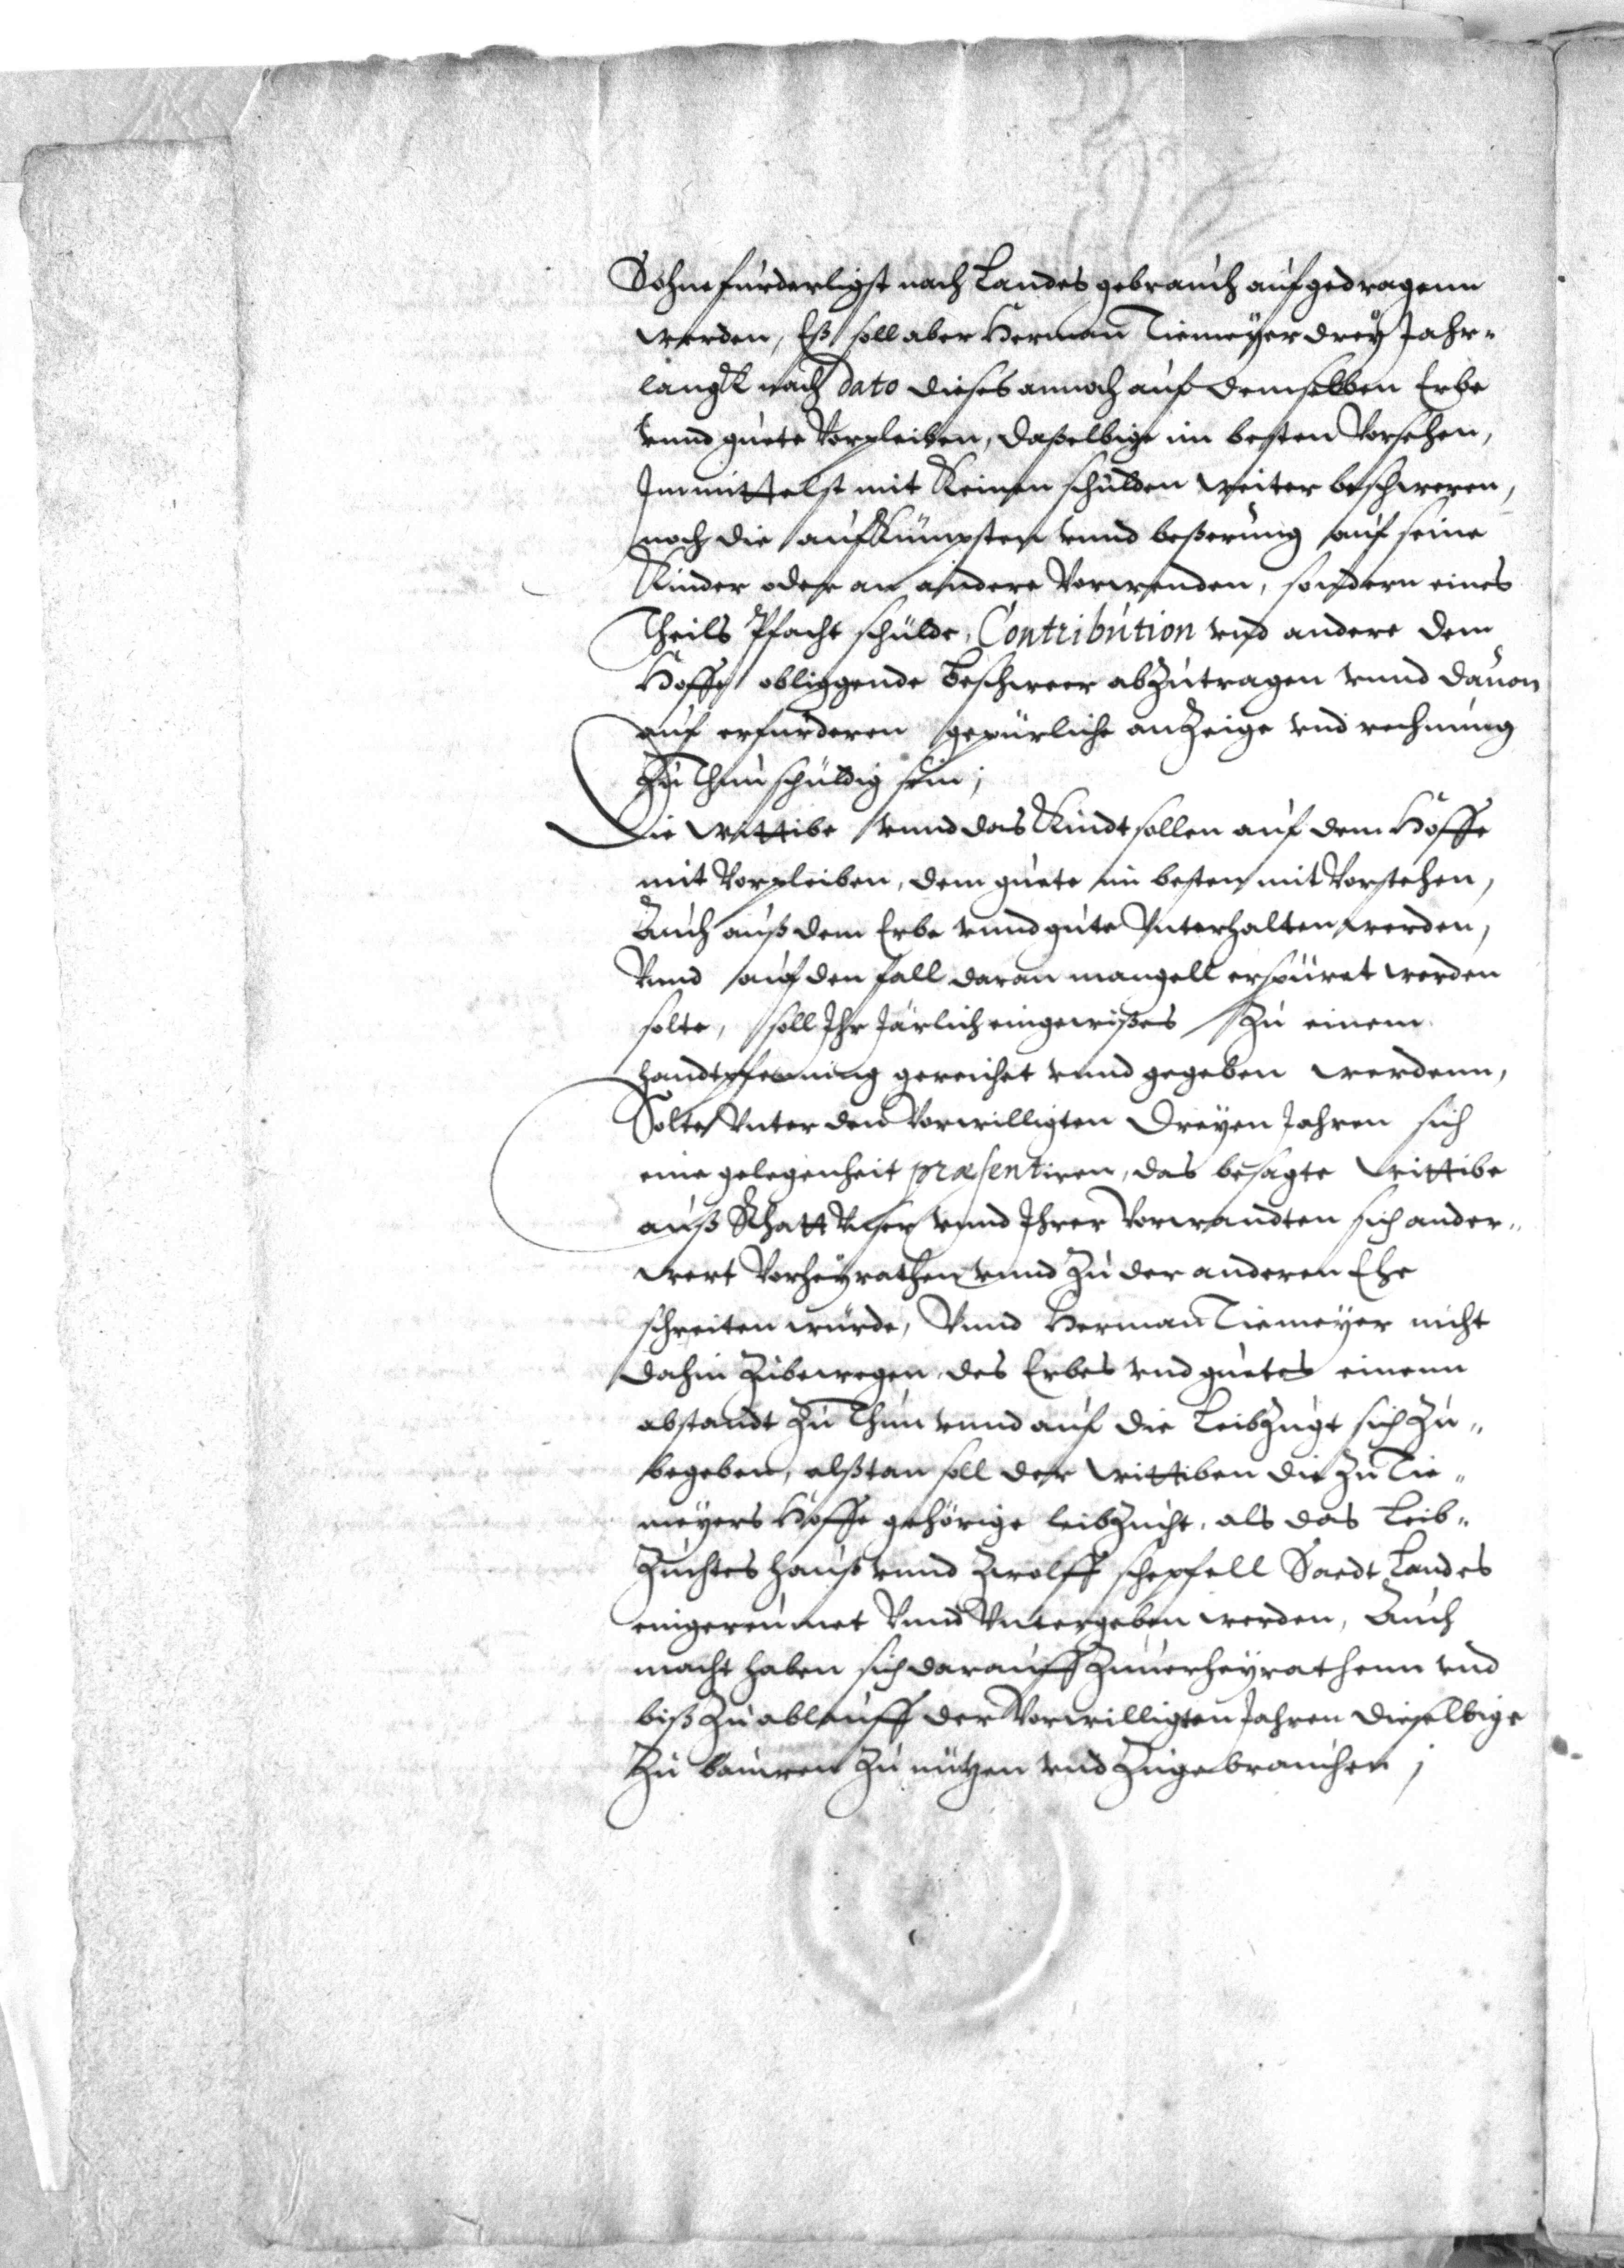
Sohne furderligst nach Landes gebrauch aufgedragenn
werden, Eß soll aber Herman Tiemeyer drey Jahr¬
langk nach dato dieses annoch auf demselben Erbe
vnnd guete Vorpleiben, daßelbige im besten Vorsehen,
Immittelst mit Keinen schulden weiter beschweren,
noch die aufkümpsten vnnd beßerung auf seine
Kinder oder an andere Vorwenden, sondern eines
Theils Pfacht schülde, Contribution vnd andere dem
Hoffe obliggende Beschweer anzutragen vnnd dauon
auf erfürderen gepürliche anzeige vnd rechnung
zu Thun schüldig sein;
Die Wittibe vnnd das Kindt sollen auf dem Hoffe
mit Vorpleiben, dem guete im besten mit Vorstehen,
Auch auß dem Erbe vnnd gute Vnterhalten werden,
Vnnd auf den fall daran mangell erspüret worden
solte, soll Ihr Järlich eingewißes zu einem
handtpfenning gereichet vnnd gegeben werdenn,
Solte Vnter den Vorwilligten Freyen Jahren sich
eine gelegenheit præsentiren, das besagte Wittibe
auß Khatt Vnser vnnd Ihrer Vorwandten sich ander¬
wert Vorheyrathen vnnd Zu der anderen Ehe
schreiten würde, Vnnd Herman Tiemeyer nicht
dahin Zubewegen des Erbes vnd guetes einenn
abstandt Zu Thun vnnd auf die Leibzugt sich zu¬
begeben, alßtan soll der Wittiben die Zu Tie¬
meyers Hoffe gehörige leibzucht, als das Leib¬
Zuchtes hauß vnnd Zwolff schepfell Saedt Landes
eingereumet Vnnd Vntergeben werden, Auch
macht haben sich darauff Zuverheyrathenn vnd
biß Zu ablauff der Vorwilligten Jahren dieselbige
Zu bauwen Zu nützen vnd Zugebrauchen;